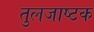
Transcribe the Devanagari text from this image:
तुलजाष्टक